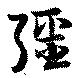
彊